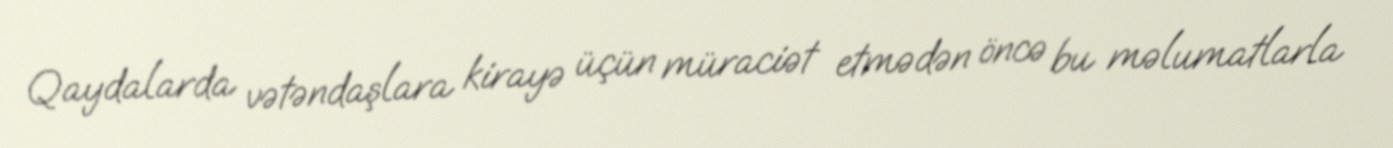
Qaydalarda vətəndaşlara kirayə üçün müraciət etmədən öncə bu məlumatlarla